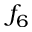
f _ { 6 }